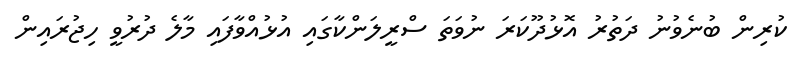
ކުރިން ބުނެވުނު ދަތުރު އޮޅުދޫކަރަ ނުވަތަ ސްރީލަންކާގައި އުޅުއްވާފައި މާލެ ދުރުވީ ހިޖުރައިން